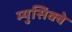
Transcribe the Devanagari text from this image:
म्युसिक्वे